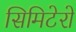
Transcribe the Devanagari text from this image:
सिमिटेरो